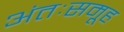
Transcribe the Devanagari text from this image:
अंतःसमूह